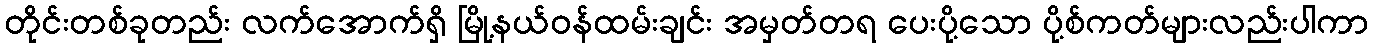
တိုင်းတစ်ခုတည်း လက်အောက်ရှိ မြို့နယ်ဝန်ထမ်းချင်း အမှတ်တရ ပေးပို့သော ပို့စ်ကတ်များလည်းပါကာ